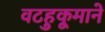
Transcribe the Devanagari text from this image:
वटहुकूमाने